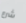
شرع